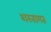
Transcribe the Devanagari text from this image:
शरनागत